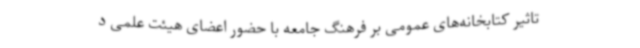
تاثیر کتابخانه‌های عمومی بر فرهنگ جامعه با حضور اعضای هیئت علمی د